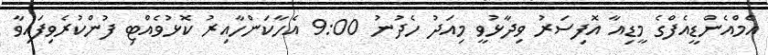
އެމްއެންޑީއެފްގެ މީޑިއާ އޮފިސަރު ވިދާޅުވީ މިއަދު ހެދުނު 9:00 އެހާކަންހާއިރު ކޮޅުވެއްޓި ފުންކުރެވިފައިވާ